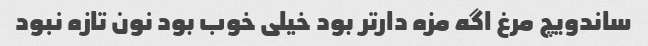
ساندویچ مرغ اگه مزه دار‌تر بود خیلی خوب بود نون تازه نبود